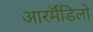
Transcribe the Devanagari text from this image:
आरर्मॅडिलो